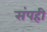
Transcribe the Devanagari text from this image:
संपही